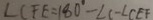
\angle C F E = 1 8 0 ^ { \circ } - \angle C - \angle C E F